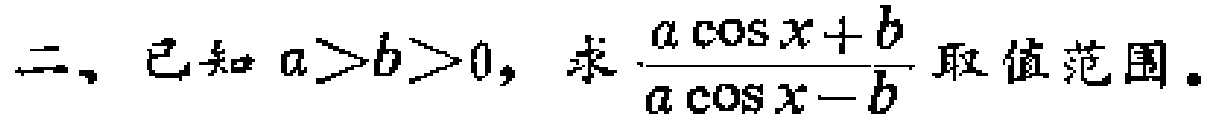
二、已知 \(a > b > 0\)，求\(\frac{a\cos x + b}{a\cos x - b}\)取值范围。